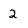
Character: 2